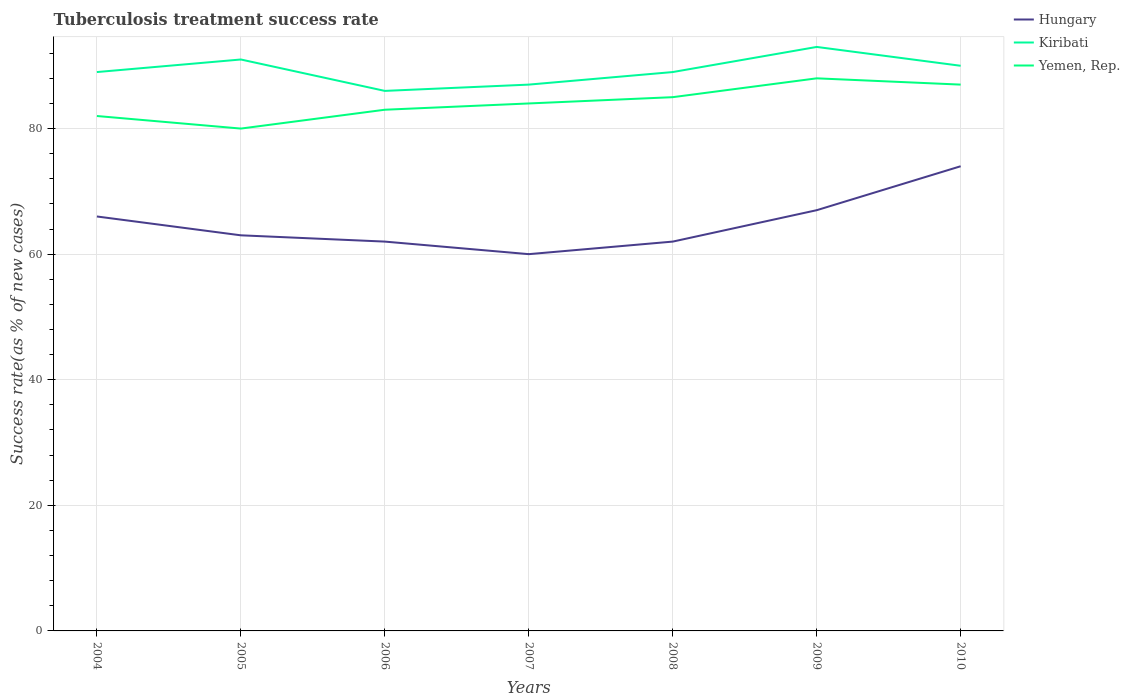
| Years | Hungary | Kiribati | Yemen, Rep. |
 | --- | --- | --- | --- |
 | 2004 | 66 | 89 | 82 |
 | 2005 | 63 | 91 | 80 |
 | 2006 | 62 | 86 | 83 |
 | 2007 | 60 | 87 | 84 |
 | 2008 | 62 | 89 | 85 |
 | 2009 | 67 | 93 | 88 |
 | 2010 | 74 | 90 | 87 |